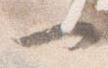
一